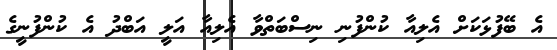
އެ ބޭފުޅަކަށް އެލިއާ ކުންފުނި ނިސްބަތްވާ އެލިއާ އަލީ އަބްދު އެ ކުންފުނީގެ